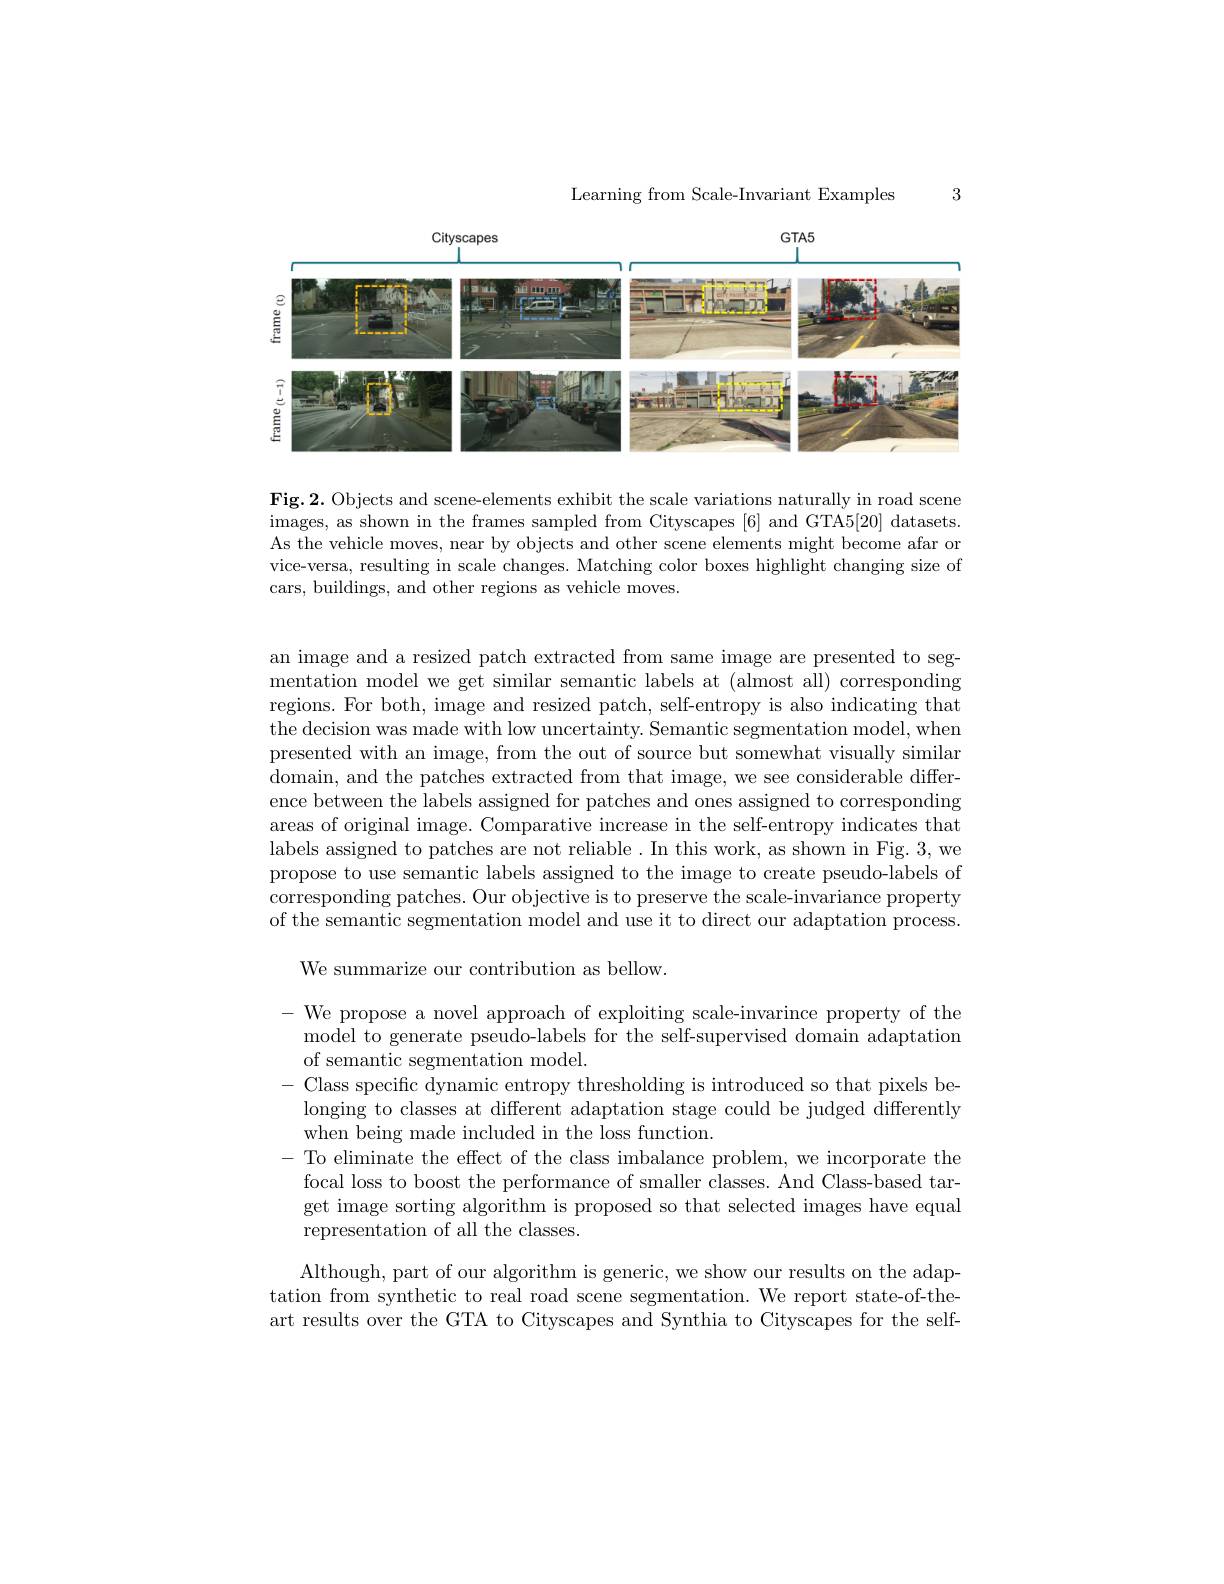
3

Learning from Scale-Invariant Examples

<FigureHere>

Fig.2. Objects and scene-elements exhibit the scale variations naturally in road scene images, as shown in the frames sampled from Cityscapes [6] and GTA5[20] datasets. As the vehicle moves, near by objects and other scene elements might become afar or vice-versa, resulting in scale changes. Matching color boxes highlight changing size of cars, buildings, and other regions as vehicle moves.

an image and a resized patch extracted from same image are presented to segmentation model we get similar semantic labels at (almost all) corresponding regions. For both, image and resized patch, self-entropy is also indicating that the decision was made with low uncertainty. Semantic segmentation model, when presented with an image, from the out of source but somewhat visually similar domain, and the patches extracted from that image, we see considerable difference between the labels assigned for patches and ones assigned to corresponding areas of original image. Comparative increase in the self-entropy indicates that labels assigned to patches are not reliable. In this work, as shown in Fig. 3, we propose to use semantic labels assigned to the image to create pseudo-labels of corresponding patches. Our objective is to preserve the scale-invariance property of the semantic segmentation model and use it to direct our adaptation process

We summarize our contribution as bellow.

- We propose a novel approach of exploiting scale-invarince property of the
model to generate pseudo-labels for the self-supervised domain adaptation
of semantic segmentation model.
- Class specific dynamic entropy thresholding is introduced so that pixels belonging to classes at different adaptation stage could be judged differently when being made included in the loss function.
- To eliminate the effect of the class imbalance problem, we incorporate the
focal loss to boost the performance of smaller classes. And Class-based target image sorting algorithm is proposed so that selected images have equal representation of all the classes.

Although, part of our algorithm is generic, we show our results on the adaptation from synthetic to real road scene segmentation. We report state-of-theart results over the GTA to Cityscapes and Synthia to Cityscapes for the self-